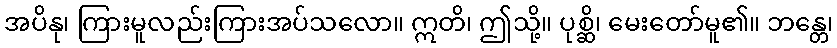
အပိနု၊ ကြားမူလည်းကြားအပ်သလော။ ဣတိ၊ ဤသို့။ ပုစ္ဆိ၊ မေးတော်မူ၏။ ဘန္တေ၊